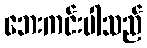
ဘေးကင်းပါသည်